Code of medical and sanitary regulations for the guidance of medical officers serving in the Madras Presidency - Volume I
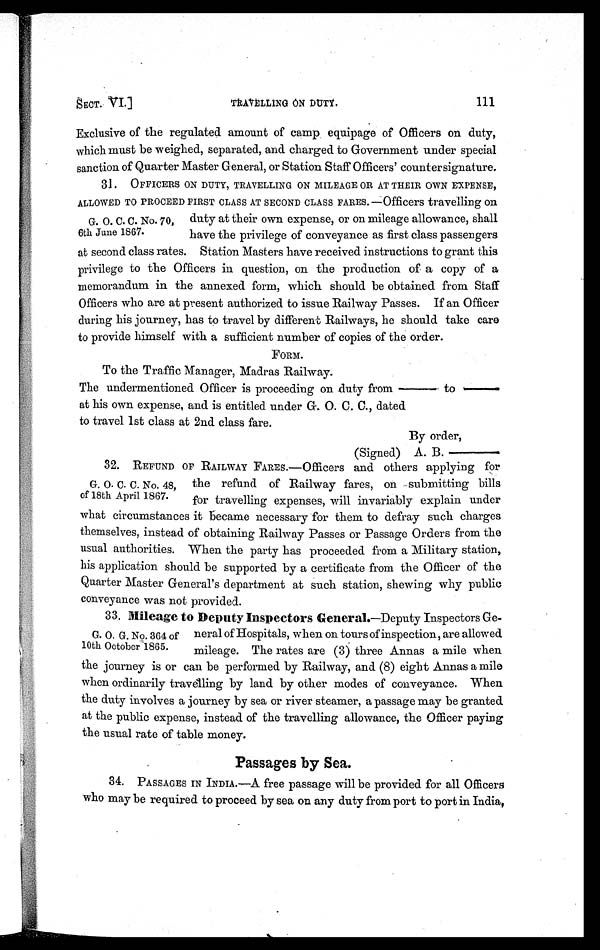
SECT. VI.]
TRAVELLING ON DUTY. 111
Exclusive of the regulated amount of camp, equipage of Officers on duty,
which must be weighed, separated, and charged to Government under special
sanction of Quarter Master General, or Station Staff Officers' countersignature.
31. OFFICERS ON DUTY, TRAVELLING ON MILEAGE OR AT THEIR OWN EXPENSE,
ALLOWED TO PROCEED FIRST CLASS AT SECOND CLASS FARES.—Offi cers travel l i ng on
G . O . C . C . N o . 7 0 , d u t y a t t h e i r o w n e x p e n s e , o r o n m i l e a g e a l l o w a n c e , s h a l l
6th June 1867. have the privilege of conveyance as first class passengers
at second class rates. Station Masters have received instructions to grant this
privilege to the Officers in question, on the production of a copy of a
memorandum in the annexed form, which should be obtained from Staff
Officers who are at present authorized to issue Railway Passes. If an Officer
during his journey, has to travel by different Railways, he should take care
to provide himself with a sufficient number of copies of the order.
FORM.
To the Traffic Manager, Madras Railway.
The undermentioned Officer is proceeding on duty from — to —
at his own expense, and is entitled under G. O. C. C., dated
to travel 1st class at 2nd class fare.
By order,
(Signed) A. B.
G . O . C . C . N o . 4 8 , t h e r e f u n d o f R a i l w a y f a r e s , o n s u b m i t t i n g b i l l s
of 18th April 1867. for travelling expenses, will invariably explain under
what circumstances it became necessary for them to defray such charges
themselves, instead of obtaining Railway Passes or Passage Orders from the
usual authorities. When the party has proceeded from a Military station,
his application should be supported by a certificate from the Officer of the
Quarter Master General's department at such station, shewing why public
conveyance was not provided.
33. Mileage to Deputy Inspectors General .—Deputy Inspectors Ge-
G . O . G . N o . 3 6 4 o f n e r a l o f H o s p i t a l s , w h e n o n t o u r s o f i n s p e c t i o n , a r e a l l o w e d
10th October 1865. mileage. The rates are (3) three Annas a mile when
the journey is or can be performed by Railway, and (8) eight Annas a mile
when ordinarily travelling by land by other modes of conveyance. When
the duty involves a journey by sea or river steamer, a passage may be granted
at the public expense, instead of the travelling allowance, the Officer paying
the usual rate of table money.
Passages by Sea.
3 4 . P A S S A G E S I N I N D I A . — A f r e e p a s s a g e w i l l b e p r o v i d e d f o r a l l O f f i c e r s
who may be required to proceed by sea on any duty from port to port in India,